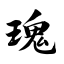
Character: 瑰